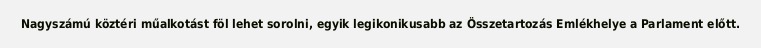
Nagyszámú köztéri műalkotást föl lehet sorolni, egyik legikonikusabb az Összetartozás Emlékhelye a Parlament előtt.